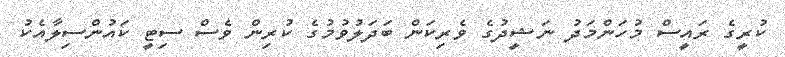
ކުރީގެ ރައީސް މުހަންމަދު ނަޝީދުގެ ވެރިކަން ބަދަލުވުމުގެ ކުރިން ވެސް ސިޓީ ކައުންސިލާއެކު